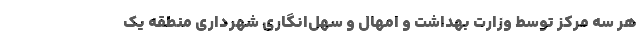
هر سه مرکز توسط وزارت بهداشت و امهال و سهل‌انگاری شهرداری منطقه یک